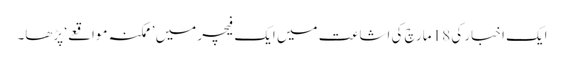
ایک اخبار کی 18 مارچ کی اشاعت میں ایک فیچر میں ’ممکنہ مواقعے‘ پڑھا۔